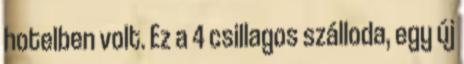
hotelben volt. Ez a 4 csillagos szálloda, egy új